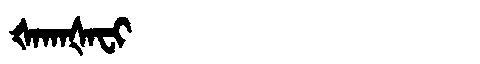
Manchu: ᡧᠠᡴᠠᡧᠠᠸᡳ
Romanization: ŠAKAŠAFI